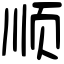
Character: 顺